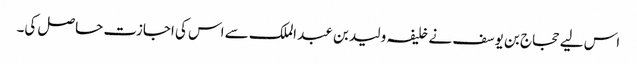
اس لیے حجاج بن یوسف نے خلیفہ ولید بن عبد الملک سے اس کی اجازت حاصل کی۔